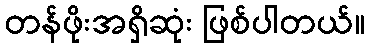
တန်ဖိုးအရှိဆုံး ဖြစ်ပါတယ်။